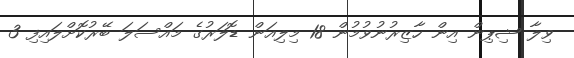
ވިލާ ޝިޕިން އިން ހާޒިރުނުވުމުން 18 މިލިއަން ޑޮލަރުގެ މައްސަލަ ބޭރުކޮށްލައިފި 3